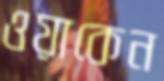
ওয়াকেন